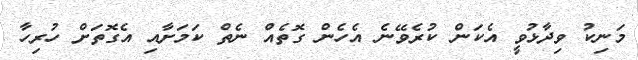
މަނިކު ވިދާޅުވީ އެކަން ކުރެވޭނެ އެހެން ގޮތެއް ނެތް ކަމަށާއި އެގޮތަށް ހުރިހާ